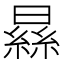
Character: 𣊡